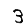
Digit: 3